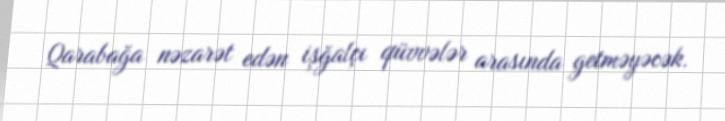
Qarabağa nəzarət edən işğalçı qüvvələr arasında getməyəcək.